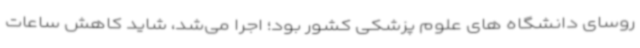
روسای دانشگاه های علوم پزشکی کشور بود؛ اجرا می‌شد، شاید کاهش ساعات